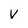
Character: v